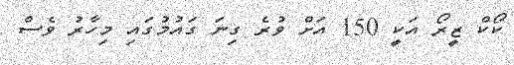
ކޯކް ޒީރޯ އަކީ 150 އަށް ވުރެ ގިނަ ގައުމުގައި މިހާރު ވެސް